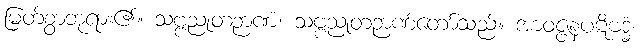
မြတ်စွာဘုရား၏။ သဗ္ဗညုတဉာဏံ၊ သဗ္ဗညုတဉာဏ်တော်သည်။ အာဝဇ္ဇနပဋိဗဒ္ဓံ၊